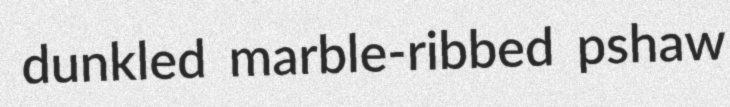
dunkled marble-ribbed pshaw